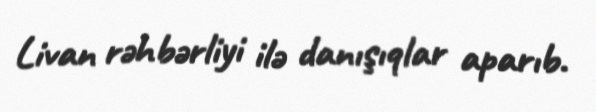
Livan rəhbərliyi ilə danışıqlar aparıb.